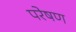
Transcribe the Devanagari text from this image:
परेषण